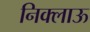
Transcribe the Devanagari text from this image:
निक्लाऊ